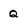
Character: Q